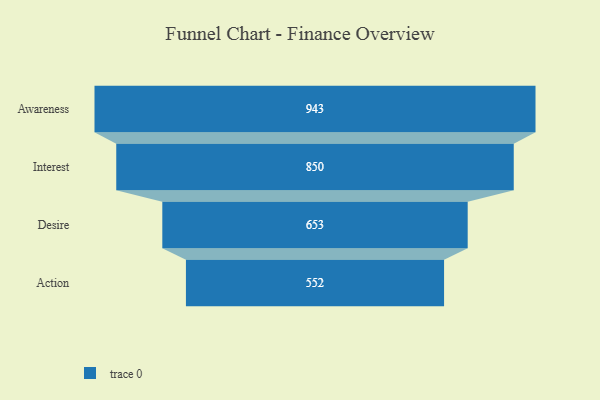
{"axis": {"x": "Stage", "y": "Value"}, "legend": [""], "data": [{"x": "Awareness", "y": 943.0, "type": ""}, {"x": "Interest", "y": 850.0, "type": ""}, {"x": "Desire", "y": 653.0, "type": ""}, {"x": "Action", "y": 552.0, "type": ""}]}